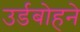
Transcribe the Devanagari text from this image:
उर्डबोहने